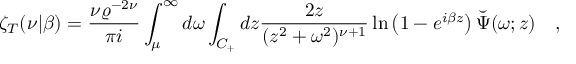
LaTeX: \zeta _ { T } ( \nu | \beta ) = { \frac { \nu \varrho ^ { - 2 \nu } } { \pi i } } \int _ { \mu } ^ { \infty } d \omega \int _ { C _ { + } } d z { \frac { 2 z } { ( z ^ { 2 } + \omega ^ { 2 } ) ^ { \nu + 1 } } } \ln \left( 1 - e ^ { i \beta z } \right) \breve { \Psi } ( \omega ; z ) ~ ~ ~ ,